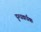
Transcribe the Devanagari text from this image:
दुग्धवर्धक